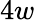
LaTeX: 4w